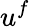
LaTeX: u^{f}